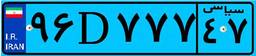
۹۶D۷۷۷۴۷